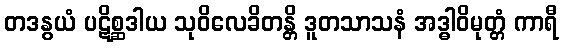
တဒနွယံ ပဋိစ္ဆဒါယ သုဝိလေခိတန္တိ ဒူတသာသနံ အဒ္ဓါဝိမုတ္တံ ကာရီ